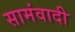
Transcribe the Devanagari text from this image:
सामंवादी